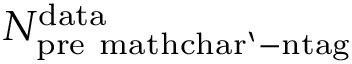
N _ { \mathrm { p r e \ m a t h c h a r ` - n t a g } } ^ { \mathrm { d a t a } }